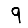
Digit: 9